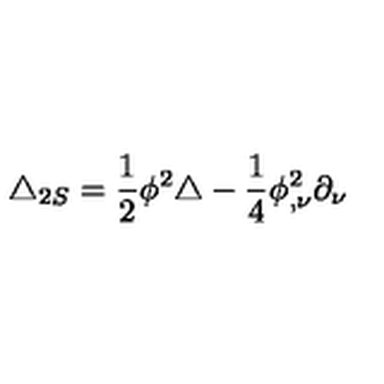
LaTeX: \triangle _ { 2 S } = \frac { 1 } { 2 } \phi ^ { 2 } \triangle - \frac { 1 } { 4 } \phi _ { , \nu } ^ { 2 } \partial _ { \nu }